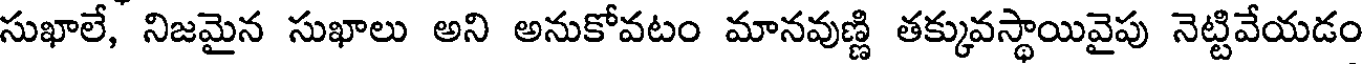
సుఖాలే, నిజమైన సుఖాలు అని అనుకోవటం మానవుణ్ణి తక్కువస్థాయివైపు నెట్టివేయడం